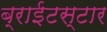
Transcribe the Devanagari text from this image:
ब्राईटस्टार